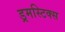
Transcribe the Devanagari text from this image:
ड्रमस्टिक्स